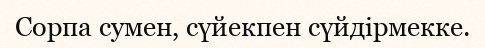
Сорпа сумен, сүйекпен сүйдірмекке.